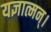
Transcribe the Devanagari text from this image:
यज्ञात्मन्‌।